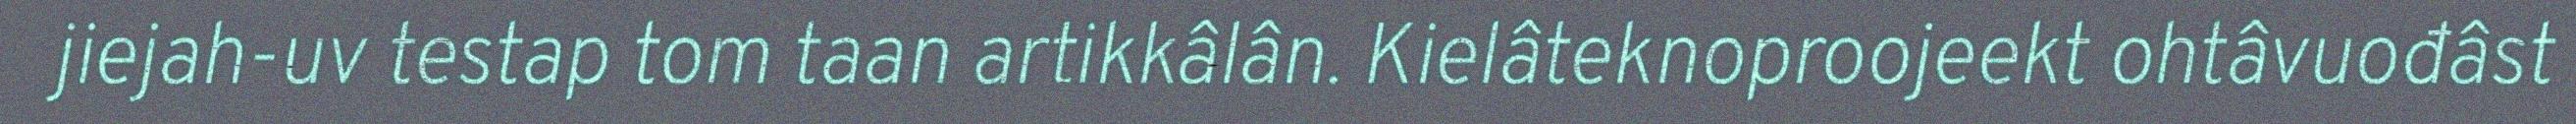
jiejah-uv testap tom taan artikkâlân. Kielâteknoproojeekt ohtâvuođâst